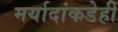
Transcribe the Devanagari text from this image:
मर्यादांकडेही